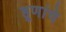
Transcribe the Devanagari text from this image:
हूणांचे